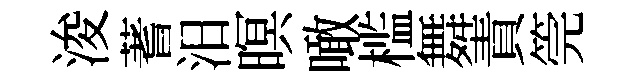
浚蓍汨暝噉槛舞責筦